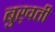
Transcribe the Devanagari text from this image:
बुख़ती